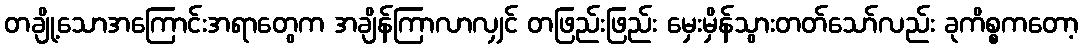
တချို့သောအကြောင်းအရာတွေက အချိန်ကြာလာလျှင် တဖြည်းဖြည်း မှေးမှိန်သွားတတ်သော်လည်း ခုကိစ္စကတော့